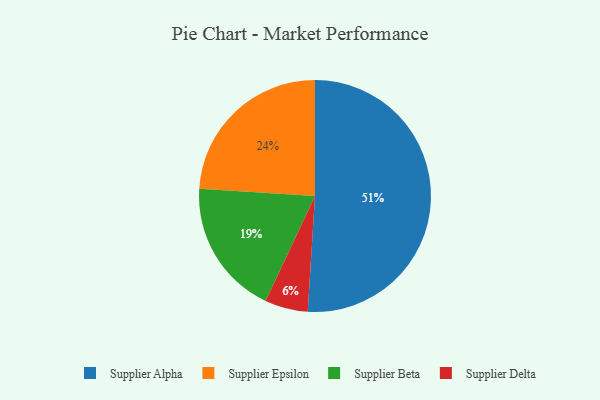
{"axis": {"x": "Category", "y": "Percentage"}, "legend": ["Supplier Alpha", "Supplier Beta", "Supplier Delta", "Supplier Epsilon"], "data": [{"x": "Supplier Delta", "y": 6, "type": "Supplier Delta"}, {"x": "Supplier Epsilon", "y": 24, "type": "Supplier Epsilon"}, {"x": "Supplier Beta", "y": 19, "type": "Supplier Beta"}, {"x": "Supplier Alpha", "y": 51, "type": "Supplier Alpha"}]}